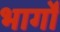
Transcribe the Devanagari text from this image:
भार्गों